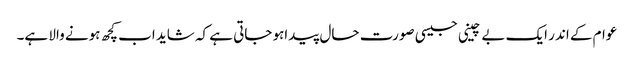
عوام کے اندر ایک بے چینی جیسی صورت حال پیداہو جاتی ہے کہ شاید اب کچھ ہونے والا ہے۔